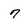
Character: 7